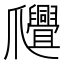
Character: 𤕊